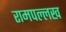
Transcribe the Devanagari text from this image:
रामपल्लख